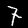
Label: 7